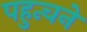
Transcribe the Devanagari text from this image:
पहुन्चने